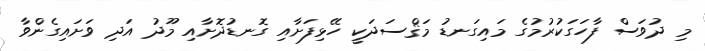
މި ދުވަސް ފާހަގަކުރުމުގެ މައިގަނޑު މަޤްސަދަކީ ހޭޅިފަށާއި ގޮނޑުދޮށާއި މޫދު އަދި ވަށައިގެންވާ